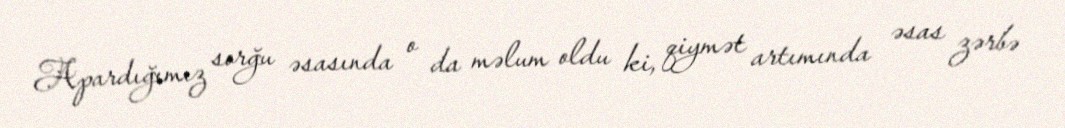
Apardığımız sorğu əsasında o da məlum oldu ki, qiymət artımında əsas zərbə